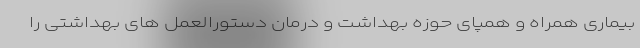
بیماری همراه و همپای حوزه بهداشت و درمان دستورالعمل های بهداشتی را